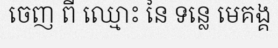
ចេញ ពី ឈ្មោះ នៃ ទន្លេ មេគង្គ